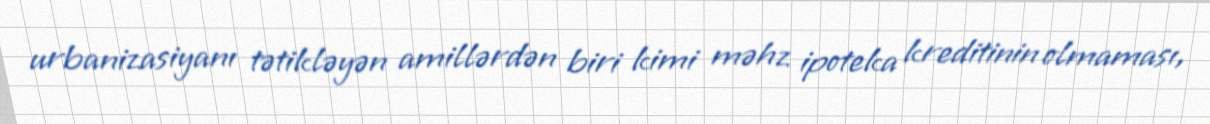
urbanizasiyanı tətikləyən amillərdən biri kimi məhz ipoteka kreditinin olmaması,